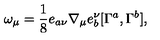
\omega _ { \mu } = \frac { 1 } { 8 } e _ { a \nu } \nabla _ { \mu } e _ { b } ^ { \nu } [ \Gamma ^ { a } , \Gamma ^ { b } ] ,